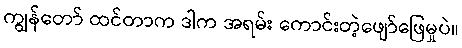
ကျွန်တော် ထင်တာက ဒါက အရမ်း ကောင်းတဲ့ဖျော်ဖြေမှုပဲ။